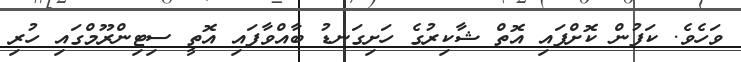
ވަހެވެ. ކަފުން ކޮށްފައި އޮތް ޝާކިރުގެ ހަށިގަނޑު ބާއްވާފައި އޮތީ ސިޓިންރޫމްގައި ހުރި